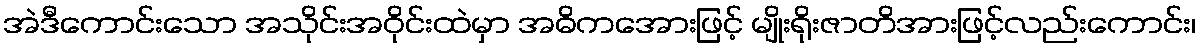
အဲဒီကောင်းသော အသိုင်းအဝိုင်းထဲမှာ အဓိကအေားဖြင့် မျိုးရိုးဇာတိအားဖြင့်လည်းကောင်း၊